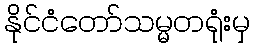
နိုင်ငံတော်သမ္မတရုံးမှ